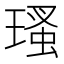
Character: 瑵